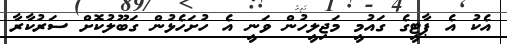
އެކު އެ ޕާޓީގެ ގައުމީ މަޖިލީހުން ވަނީ އެ ހުށަހެޅުން ގަބޫލުކޮށް ސަރުކާރާ